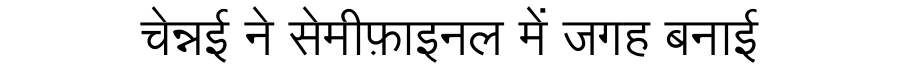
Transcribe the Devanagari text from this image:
चेन्नई ने सेमीफ़ाइनल में जगह बनाई